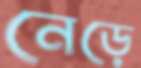
নেড়ে